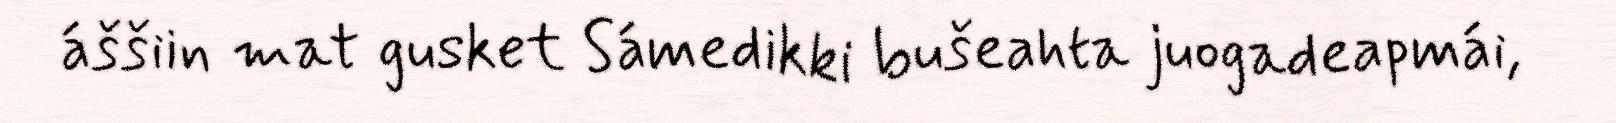
áššiin mat gusket Sámedikki bušeahta juogadeapmái,